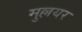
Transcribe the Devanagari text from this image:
मुल्लयर